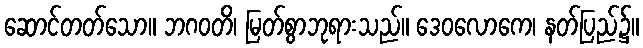
ဆောင်တတ်သော။ ဘဂဝတိ၊ မြတ်စွာဘုရားသည်။ ဒေဝလောကေ၊ နတ်ပြည်၌။